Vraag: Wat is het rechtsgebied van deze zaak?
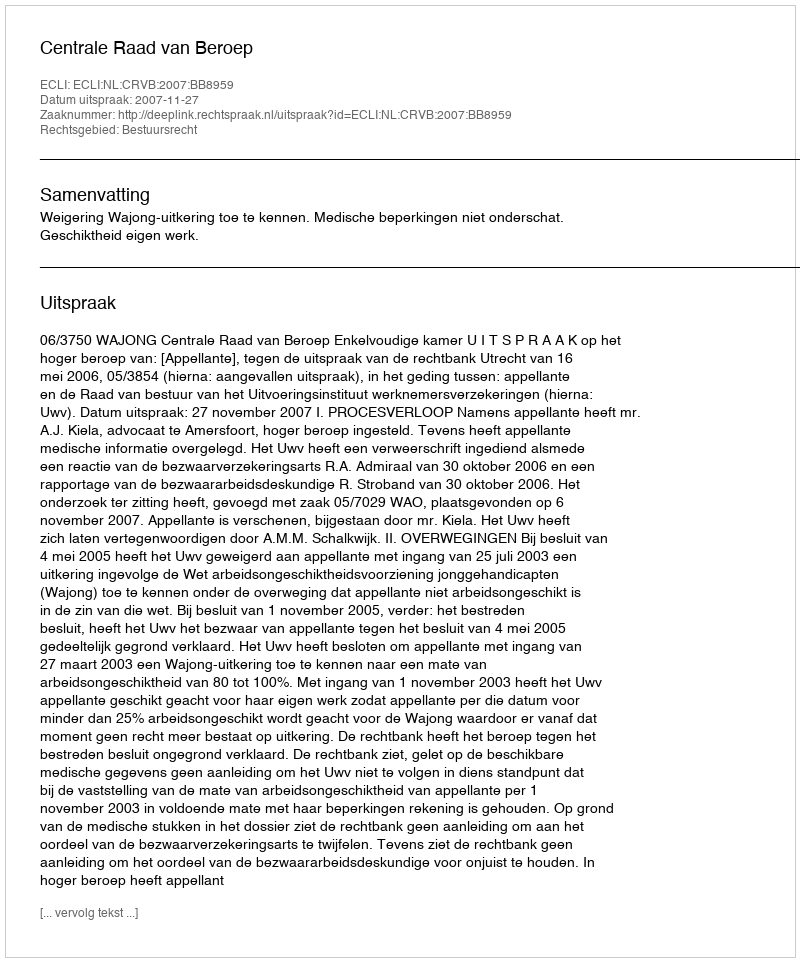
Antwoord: Bestuursrecht